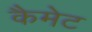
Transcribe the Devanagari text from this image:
कैमेट